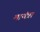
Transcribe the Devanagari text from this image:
मायंत्रा